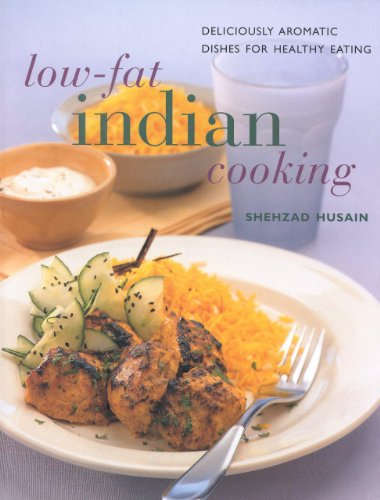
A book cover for Low Fat Indian Cooking: Deliciously Aromatic Dishes for Healthy Eating (Contemporary Kitchen); Shehzad Husain; Cookbooks, Food & Wine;